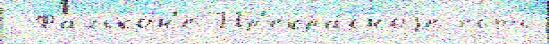
 Фалькон'е Пр'екра́сноjе есть